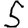
Digit: 5